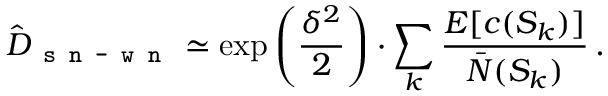
\hat { D } _ { \texttt { s n - w n } } \simeq \exp \left( \frac { \delta ^ { 2 } } { 2 } \right) \cdot \sum _ { k } \frac { E [ c ( S _ { k } ) ] } { \bar { N } ( S _ { k } ) } \, .